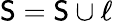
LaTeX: \mathsf{S}=\mathsf{S}\cup\ell